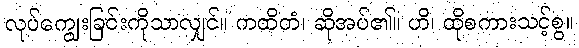
လုပ်ကျွေးခြင်းကိုသာလျှင်။ ကထိတံ၊ ဆိုအပ်၏။ ဟိ၊ ထိုစကားသင့်စွ။